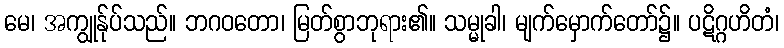
မေ၊ အကျွုန်ုပ်သည်။ ဘဂဝတော၊ မြတ်စွာဘုရား၏။ သမ္မုခါ၊ မျက်မှောက်တော်၌။ ပဋိဂ္ဂဟိတံ၊